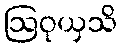
ဩဝုယှသိ